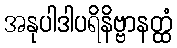
အနုပါဒါပရိနိဗ္ဗာနတ္ထံ